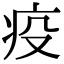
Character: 疫